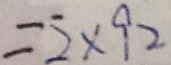
= 2 \times 9 2